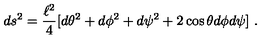
d s ^ { 2 } = { \frac { \ell ^ { 2 } } { 4 } } [ d \theta ^ { 2 } + d \phi ^ { 2 } + d \psi ^ { 2 } + 2 \cos \theta d \phi d \psi ] \ .